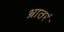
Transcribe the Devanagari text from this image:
भ्रातरं